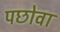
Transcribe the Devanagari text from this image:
पछोवा